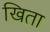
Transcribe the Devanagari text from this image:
खिता